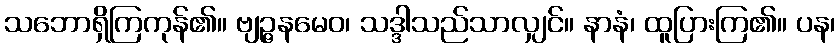
သဘောရှိကြကုန်၏။ ဗျဉ္ဇနမေဝ၊ သဒ္ဒါသည်သာလျှင်။ နာနံ၊ ထူပြားကြ၏။ ပန၊